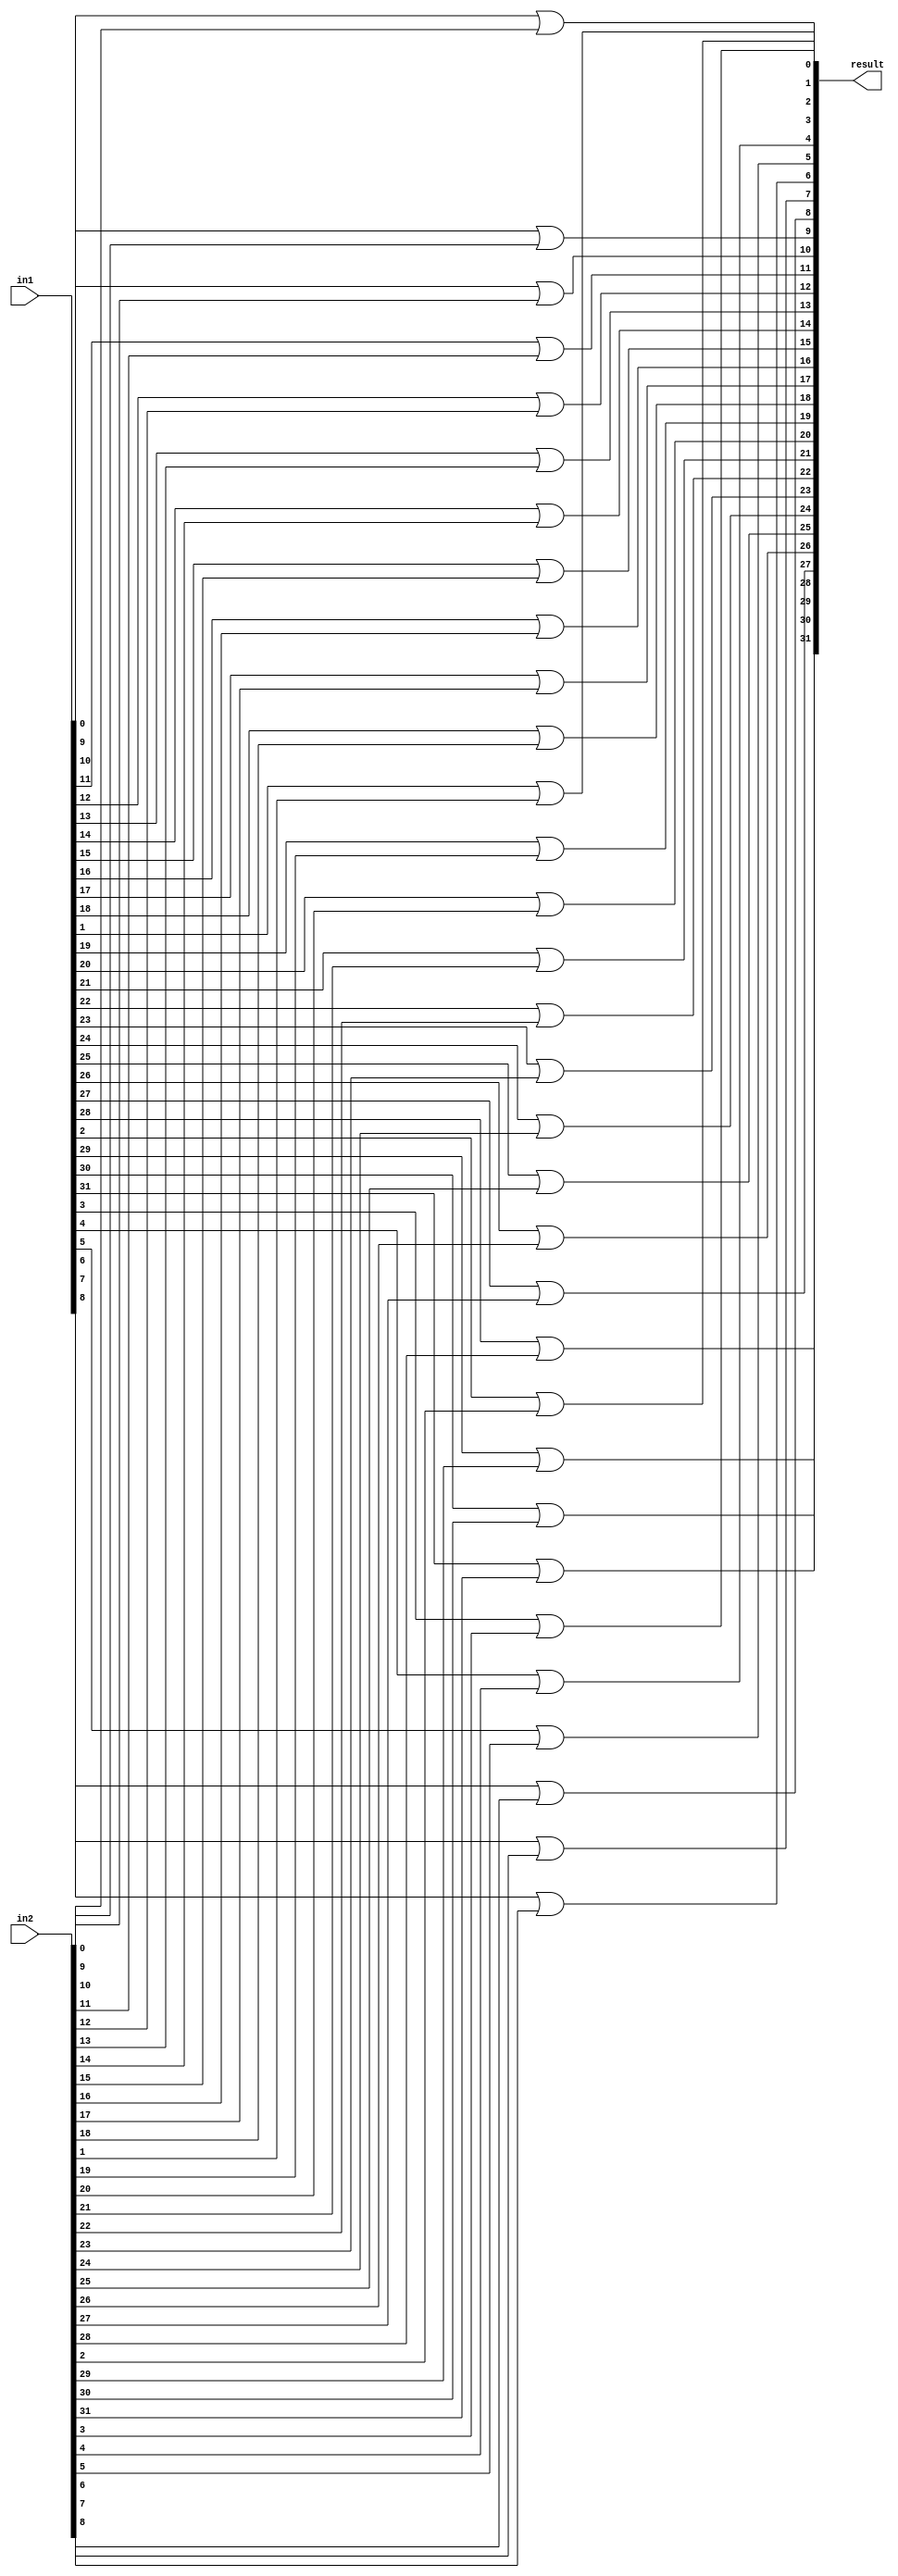
module bitwise_or(in1, in2, result);

	input[31:0] in1, in2;
	output[31:0] result;
	
	genvar i;
	generate
		for (i = 0; i<32; i= i+1) begin: loop1
			or ori(result[i], in1[i], in2[i]);
		end
	endgenerate
	
//	or or0(result[0], in1[0], in2[0]);
//	or or1(result[1], in1[1], in2[1]);
//	or or2(result[2], in1[2], in2[2]);
//	or or3(result[3], in1[3], in2[3]);
//	or or4(result[4], in1[4], in2[4]);
//	or or5(result[5], in1[5], in2[5]);
//	or or6(result[6], in1[6], in2[6]);
//	or or7(result[7], in1[7], in2[7]);
//	or or8(result[8], in1[8], in2[8]);
//	or or9(result[9], in1[9], in2[9]);
//	or or10(result[10], in1[10], in2[10]);
//	or or11(result[11], in1[11], in2[11]);
//	or or12(result[12], in1[12], in2[12]);
//	or or13(result[13], in1[13], in2[13]);
//	or or14(result[14], in1[14], in2[14]);
//	or or15(result[15], in1[15], in2[15]);
//	or or16(result[16], in1[16], in2[16]);
//	or or17(result[17], in1[17], in2[17]);
//	or or18(result[18], in1[18], in2[18]);
//	or or19(result[19], in1[19], in2[19]);
//	or or20(result[20], in1[20], in2[20]);
//	or or21(result[21], in1[21], in2[21]);
//	or or22(result[22], in1[22], in2[22]);
//	or or23(result[23], in1[23], in2[23]);
//	or or24(result[24], in1[24], in2[24]);
//	or or25(result[25], in1[25], in2[25]);
//	or or26(result[26], in1[26], in2[26]);
//	or or27(result[27], in1[27], in2[27]);
//	or or28(result[28], in1[28], in2[28]);
//	or or29(result[29], in1[29], in2[29]);
//	or or30(result[30], in1[30], in2[30]);
//	or or31(result[31], in1[31], in2[31]);
	
endmodule